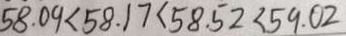
5 8 . 0 9 < 5 8 . 1 7 < 5 8 . 5 2 < 5 9 . 0 2